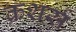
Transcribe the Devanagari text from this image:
क्रशर्स